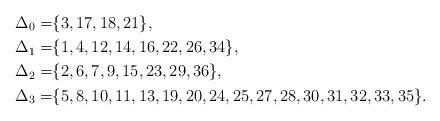
LaTeX: \begin{align*} \Delta_{0}=&\{3, 17, 18, 21\}, \\ \Delta_{1}=&\{1, 4, 12, 14, 16, 22, 26, 34\},\\ \Delta_{2}=&\{2, 6, 7, 9, 15, 23, 29, 36\},\\ \Delta_{3}=&\{5, 8, 10, 11, 13, 19, 20, 24, 25, 27, 28, 30, 31, 32, 33, 35\}.\end{align*}